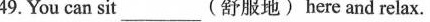
49.You can sit__________(舒服地) here and relax.